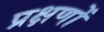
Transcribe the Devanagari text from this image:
प्रक्षणों